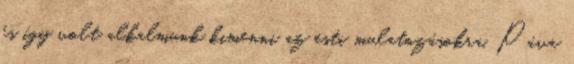
és így volt alkalmunk kimenni az esti mulatozásokra. Páva